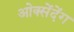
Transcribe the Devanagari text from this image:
ओक्सेंदेंग